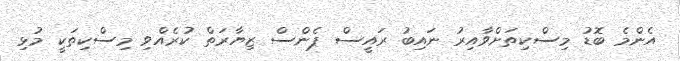
އެންމެ ބޮޑު މިސްކިތަށްވާއިރު ނައިބު ރައީސް ޕެންސް ޒިޔާރަތް ކުރެއްވި މިސްކިތަކީ މުޅި